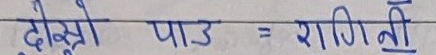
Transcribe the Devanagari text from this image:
दोस्रो पाउ = रागिनी